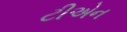
ટીએન